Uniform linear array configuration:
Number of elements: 24
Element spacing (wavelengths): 1
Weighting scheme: uniform
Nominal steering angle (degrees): -15
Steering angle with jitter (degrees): -13.058
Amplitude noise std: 0.05
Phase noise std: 0.05

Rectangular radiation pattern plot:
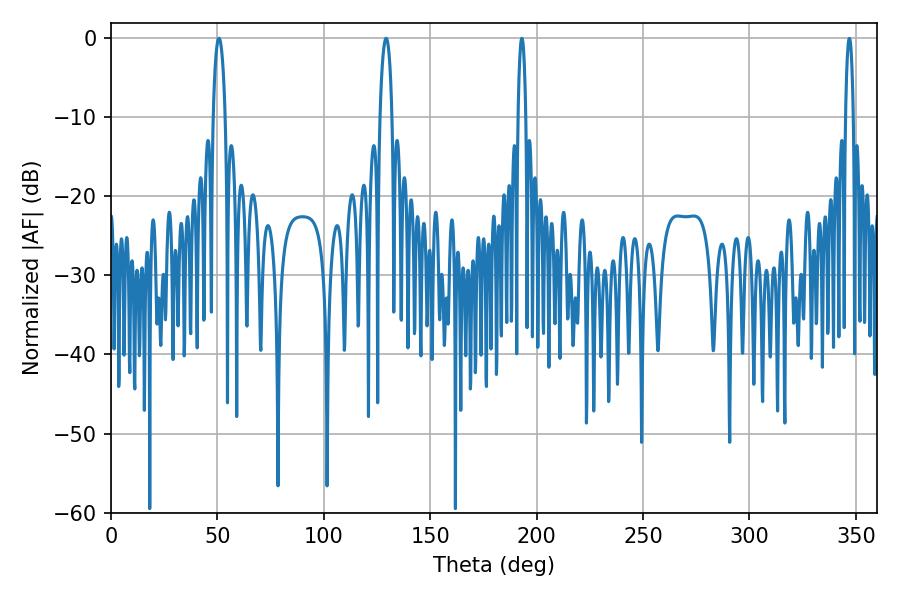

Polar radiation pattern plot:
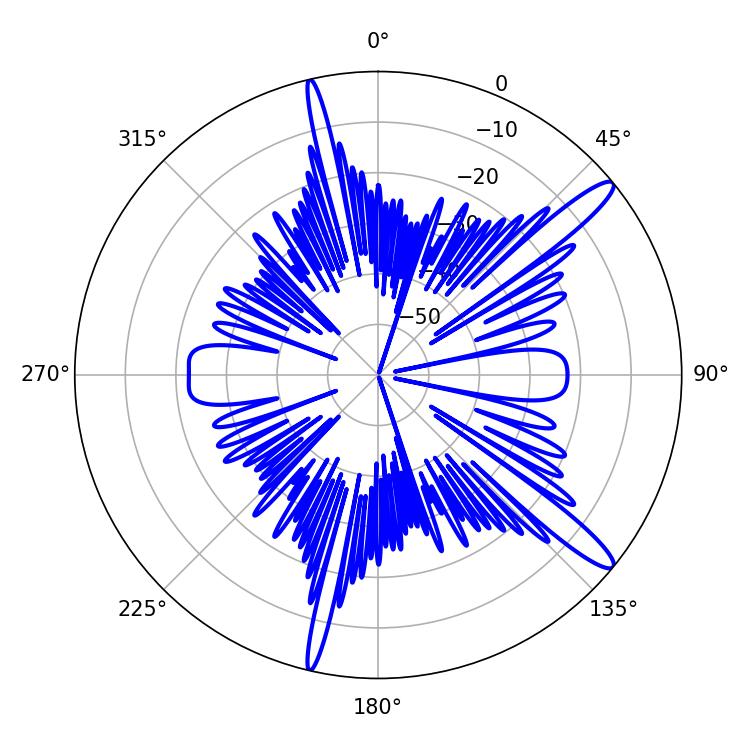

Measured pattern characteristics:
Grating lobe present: TRUE
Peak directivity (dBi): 13.948
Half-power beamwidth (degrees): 3.24
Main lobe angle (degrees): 50.76